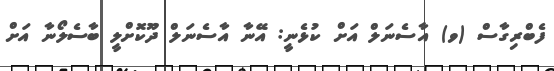
ފެބްރިގާސް (ވ) އާސެނަލް އަށް ކުޅެނީ: އޭނާ އާސެނަލް ދޫކޮށްލީ ބާސެލޯނާ އަށް